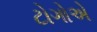
ટોગોએ